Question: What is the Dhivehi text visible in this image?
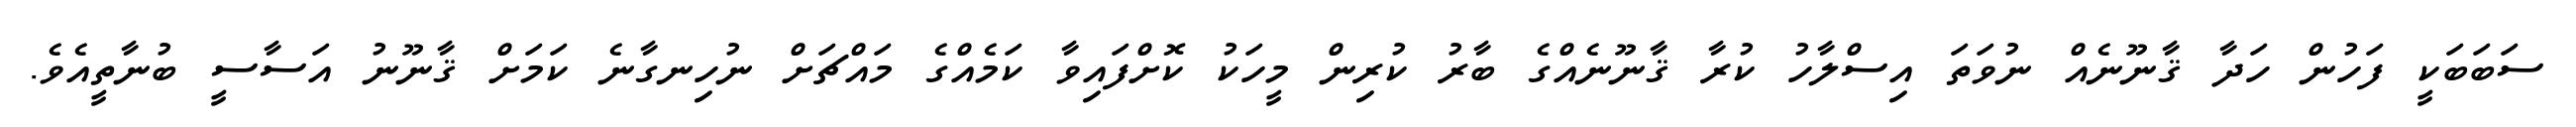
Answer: ސަބަބަކީ ފަހުން ހަދާ ޤާނޫނެއް ނުވަތަ އިސްލާހު ކުރާ ޤާނޫނެއްގެ ބާރު ކުރިން މީހަކު ކޮށްފައިވާ ކަމެއްގެ މައްޗަށް ނުހިނގާނެ ކަމަށް ޤާނޫނު އަސާސީ ބުނާތީއެވެ.